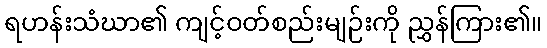
ရဟန်းသံဃာ၏ ကျင့်ဝတ်စည်းမျဉ်းကို ညွှန်ကြား၏။